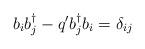
LaTeX: \begin{align*}b_{i} b_{j}^{\dagger} - q^{\prime} b_{j}^{\dagger} b_{i} = \delta_{ij}\end{align*}